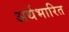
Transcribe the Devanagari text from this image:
अर्थभारित